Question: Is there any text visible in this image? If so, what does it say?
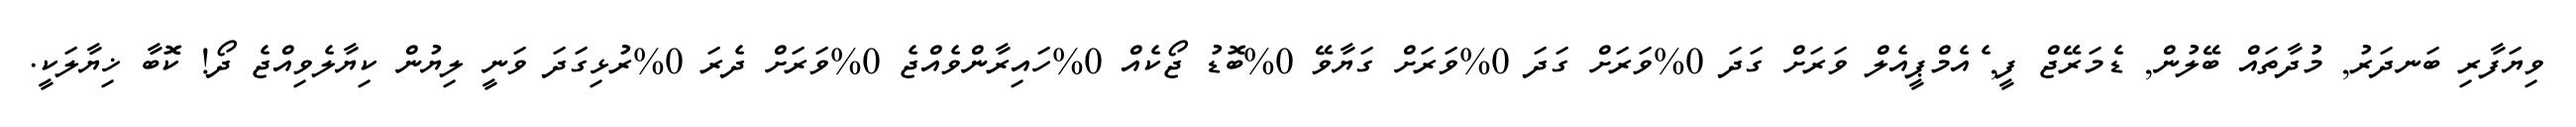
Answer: ވިޔަފާރި ބަނދަރު, މުދާތައް ބޭލުން, ޑެމަރޭޖް ފީ, ެއެމްޕީއެލް ވަރަށް ގަދަ 0%ވަރަށް ގަދަ 0%ވަރަށް ގަޔާވޭ 0%ބޮޑު ޖޯކެއް 0%ހައިރާންވެއްޖެ 0%ވަރަށް ދެރަ 0%ރުޅިގަދަ ވަނީ ލިޔުން ކިޔާލެވިއްޖެ ދޯ! ކޮބާ ޚިޔާލަކީ.